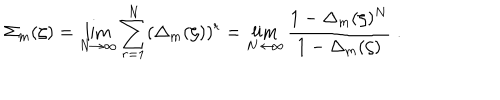
\Sigma _ { m } ( \zeta ) = \lim _ { N \rightarrow \infty } \sum _ { r = 1 } ^ { N } ( \Delta _ { m } ( \zeta ) ) ^ { r } = \lim _ { N \rightarrow \infty } { \frac { 1 - \Delta _ { m } ( \zeta ) ^ { N } } { 1 - \Delta _ { m } ( \zeta ) } } \; .